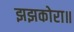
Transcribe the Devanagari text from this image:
झझकोरा॥